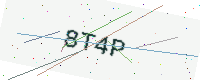
Text: 8T4P